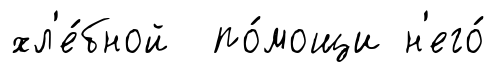
хл'е́бной по́мощи н'его́